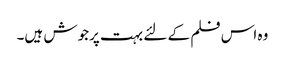
وہ اس فلم کے لئے بہت پرجوش ہیں۔